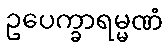
ဥပေက္ခာရမ္မဏံ